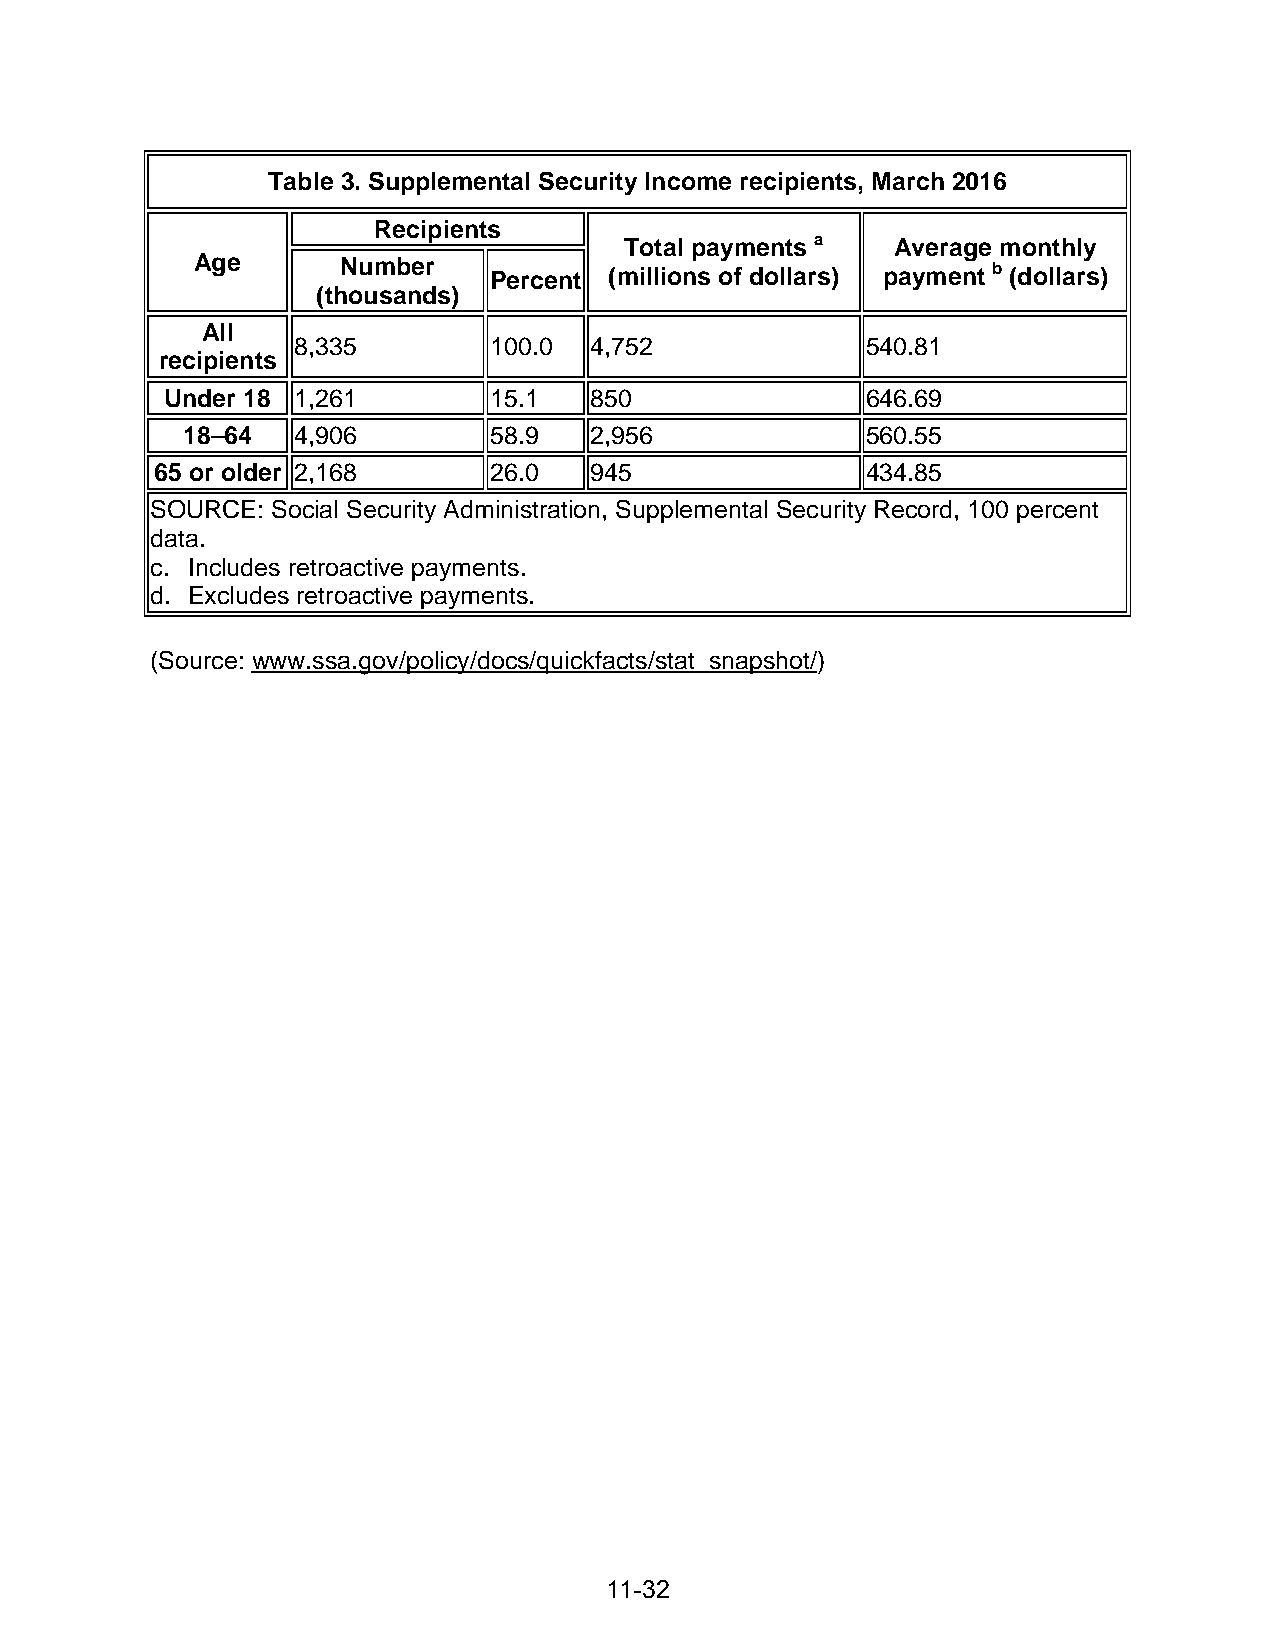
Table 3. Supplemental Security Income recipients, March 2016
 Recipients
 a
 Total payments    Average monthly
 Age       Number                                     b
 Percent (millions of dollars) payment (dollars)
 (thousands)
 All
 8,335        100.0  4,752             540.81
 recipients
 Under 18 1,261       15.1   850               646.69
 18–64  4,906        58.9   2,956             560.55
 65 or older 2,168     26.0   945               434.85
 SOURCE: Social Security Administration, Supplemental Security Record, 100 percent
 data.
 c. Includes retroactive payments.
 d. Excludes retroactive payments.
 (Source: www.ssa.gov/policy/docs/quickfacts/stat_snapshot/)
 11-32